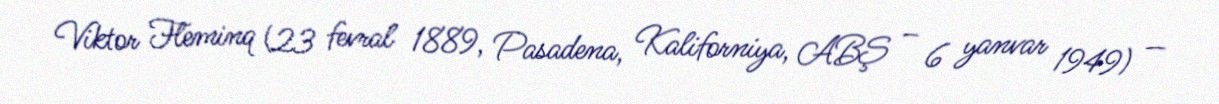
Viktor Fleminq (23 fevral 1889, Pasadena, Kaliforniya, ABŞ – 6 yanvar 1949) —